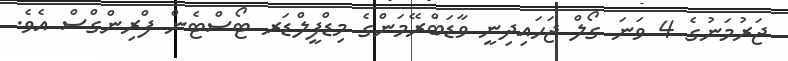
ޖަރުމަނުގެ 4 ވަނަ ގޯލް ޖަހައިދިނީ ވާޑަބްރޭމަންގެ މިޑްފީލްޑަރ ޓޯސްޓެން ފްރިންގްސް އެވެ.